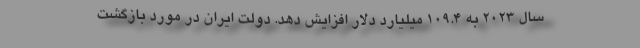
سال 2023 به 109.4 میلیارد دلار افزایش دهد. دولت ایران در مورد بازگشت